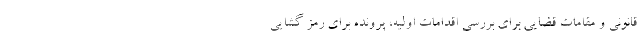
قانونی و مقامات قضایی برای بررسی اقدامات اولیه، پرونده برای رمز گشایی